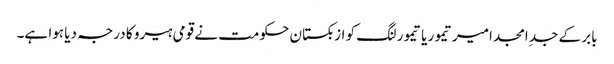
بابر کے جدِ امجد امیر تیمور یا تیمور لنگ کو ازبکستان حکومت نے قومی ہیرو کا درجہ دیا ہوا ہے۔